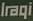
Iraqi